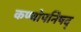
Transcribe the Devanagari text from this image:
कण्वोपनिषद्‌